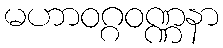
မဟာဝဂ္ဂဝဏ္ဏနာ